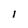
Character: l